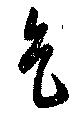
色